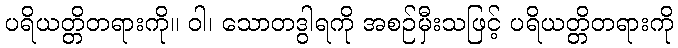
ပရိယတ္တိတရားကို။ ဝါ၊ သောတဒွါရကို အစဉ်မှီးသဖြင့် ပရိယတ္တိတရားကို